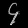
Digit: ၄